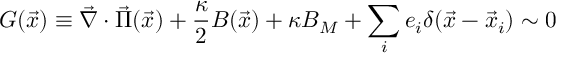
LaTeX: G ( \vec { x } ) \equiv \vec { \nabla } \cdot \vec { \Pi } ( \vec { x } ) + \frac { \kappa } { 2 } B ( \vec { x } ) + \kappa B _ { M } + \sum _ { i } e _ { i } \delta ( \vec { x } - \vec { x } _ { i } ) \sim 0